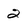
Character: 2